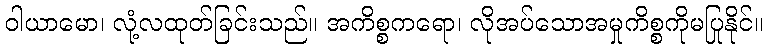
ဝါယာမော၊ လုံ့လထုတ်ခြင်းသည်။ အကိစ္စကရော၊ လိုအပ်သောအမှုကိစ္စကိုမပြုနိုင်။